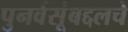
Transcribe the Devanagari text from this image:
पुनर्वसूंबद्दलचे